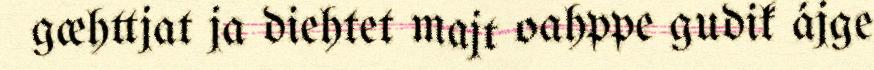
gæhttjat ja diehtet majt oahppe gudik ájge